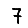
Digit: 7